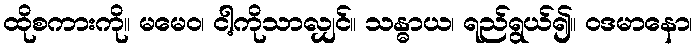
ထိုစကားကို။ မမေဝ၊ ငါ့ကိုသာလျှင်။ သန္ဓာယ၊ ရည်ရွယ်၍။ ဝဒမာနော၊